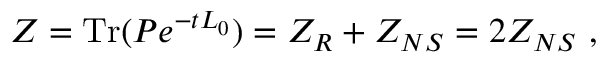
{ \cal Z } = \mathrm { T r } ( P e ^ { - t L _ { 0 } } ) = { \cal Z } _ { R } + { \cal Z } _ { N S } = 2 { \cal Z } _ { N S } \ ,